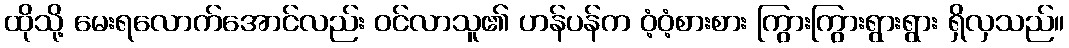
ထိုသို့ မေးရလောက်အောင်လည်း ဝင်လာသူ၏ ဟန်ပန်က ဝံ့ဝံ့စားစား ကြွားကြွားရွားရွား ရှိလှသည်။